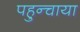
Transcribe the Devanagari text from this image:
पहुन्चाया